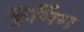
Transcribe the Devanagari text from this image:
कुमिंग